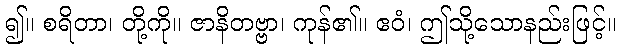
၍။ စရိတာ၊ တို့ကို။ ဇာနိတဗ္ဗာ၊ ကုန်၏။ ဧဝံ၊ ဤသို့သောနည်းဖြင့်။